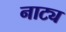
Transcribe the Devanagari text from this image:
नाट्य